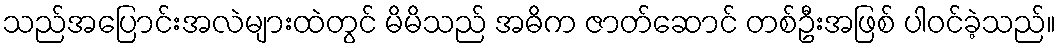
သည်အပြောင်းအလဲများထဲတွင် မိမိသည် အဓိက ဇာတ်ဆောင် တစ်ဦးအဖြစ် ပါဝင်ခဲ့သည်။